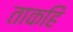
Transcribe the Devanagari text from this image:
ताकहिं